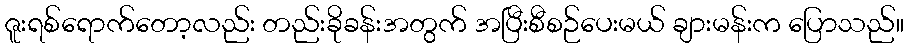
ဇူးရစ်ရောက်တော့လည်း တည်းခိုခန်းအတွက် အပြီးစီစဉ်ပေးမယ် ချားမန်းက ပြောသည်။